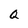
Character: Q